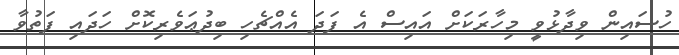
ހުސައިން ވިދާޅުވީ މިހާރަކަށް އައިސް އެ ފަދަ އެއްޗެހި ބިދުޢަވެެރިކޮށް ހަދައި ފަތުވާ